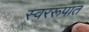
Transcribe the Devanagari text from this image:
स्वररूपात